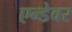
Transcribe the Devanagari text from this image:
एन्डेवर